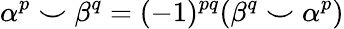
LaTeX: \alpha^{p}\smile\beta^{q}=(-1)^{pq}(\beta^{q}\smile\alpha^{p})